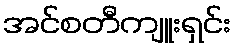
အင်စတီကျူးရှင်း